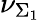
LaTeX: \nu_{\Sigma_{1}}